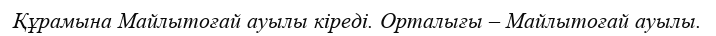
Құрамына Майлытоғай ауылы кіреді. Орталығы – Майлытоғай ауылы.